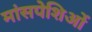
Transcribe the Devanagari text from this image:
मांसपेशिओं